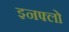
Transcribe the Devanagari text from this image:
इनफ्लो